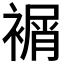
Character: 𧜔